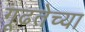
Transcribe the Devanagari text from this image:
गूढतेच्या